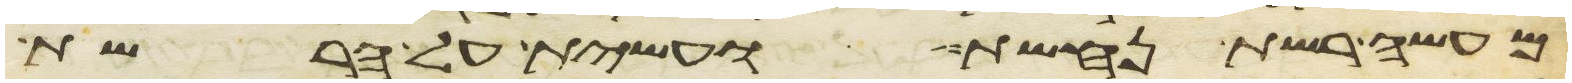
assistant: מעשה רשת נחשת ועשית על הרשת